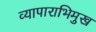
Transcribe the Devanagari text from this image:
व्यापाराभिमुख